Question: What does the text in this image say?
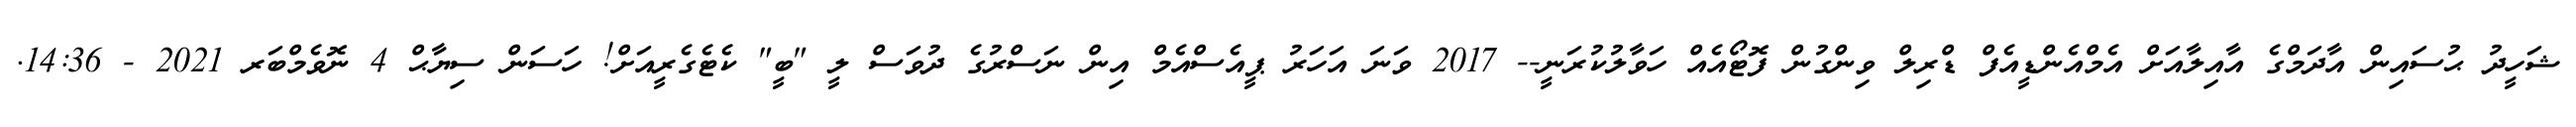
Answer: ޝަހީދު ޙުސައިން އާދަމްގެ އާއިލާއަށް އެމްއެންޑީއެފް ޑްރިލް ވިންގުން ފޮޓޯއެއް ހަވާލުކުރަނީ-- 2017 ވަނަ އަހަރު ޕީއެސްއެމް އިން ނަސްރުގެ ދުވަސް ލީ "ބީ" ކެޓެގެރީއަށް! ހަސަން ސިޔާޙް 4 ނޮވެމްބަރ 2021 - 14:36.